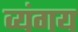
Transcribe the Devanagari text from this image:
व्यंगय